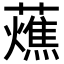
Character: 𧂒